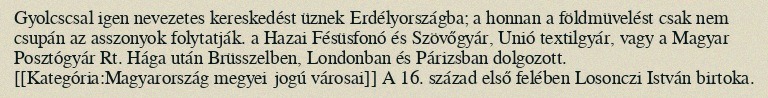
Gyolcscsal igen nevezetes kereskedést üznek Erdélyországba; a honnan a földmüvelést csak nem csupán az asszonyok folytatják. a Hazai Fésüsfonó és Szövőgyár, Unió textilgyár, vagy a Magyar Posztógyár Rt. Hága után Brüsszelben, Londonban és Párizsban dolgozott. [[Kategória:Magyarország megyei jogú városai]] A 16. század első felében Losonczi István birtoka.